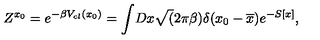
Z ^ { x _ { 0 } } = e ^ { - \beta V _ { c l } ( x _ { 0 } ) } = \int \! D x \sqrt ( 2 \pi \beta ) \delta ( x _ { 0 } - \overline { { x } } ) e ^ { - S [ x ] } ,